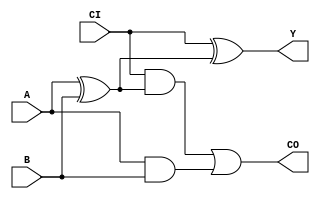
module FULL_ADDER(Y,CO,A,B, CI);
output Y,CO;
input A,B, CI;

xor a_xor_b(C, A, B);
xor inst1(Y, CI, C);
and first_term(FT, CI, C);
and second_term(ST, A, B);
or inst2(CO, FT, ST);

endmodule